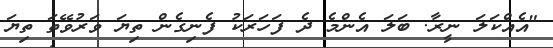
"އެއްކަލަ ނީރާ. ބަލަ އެންމެ ދެ ފަހަރަކު ފެނިގެން ތިޔަ ވަރުވޭތަ ތިޔަ